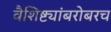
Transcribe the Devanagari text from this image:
वैशिष्ट्यांबरोबरच